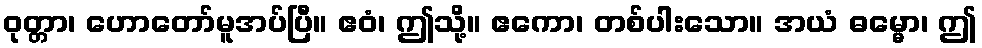
ဝုတ္တာ၊ ဟောတော်မူအပ်ပြီ။ ဧဝံ၊ ဤသို့။ ဧကော၊ တစ်ပါးသော။ အယံ ဓမ္မော၊ ဤ